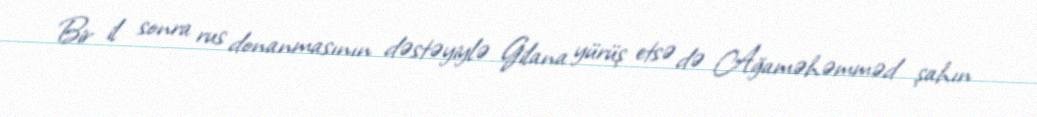
Bir il sonra rus donanmasının dəstəyiylə Gilana yürüş etsə də Ağaməhəmməd şahın